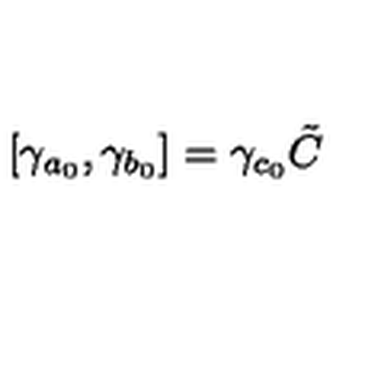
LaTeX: \left[ \gamma _ { a _ { 0 } } , \gamma _ { b _ { 0 } } \right] = \gamma _ { c _ { 0 } } \tilde { C }